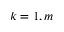
k = 1 , m